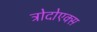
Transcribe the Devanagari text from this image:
त्रोदोएक्स